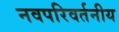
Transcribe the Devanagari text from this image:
नवपरिवर्तनीय